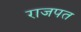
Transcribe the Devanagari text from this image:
राजपत